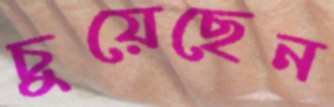
চুয়েছেন